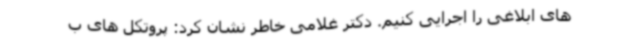
های ابلاغی را اجرایی کنیم. دکتر غلامی خاطر نشان کرد: پروتکل های ب